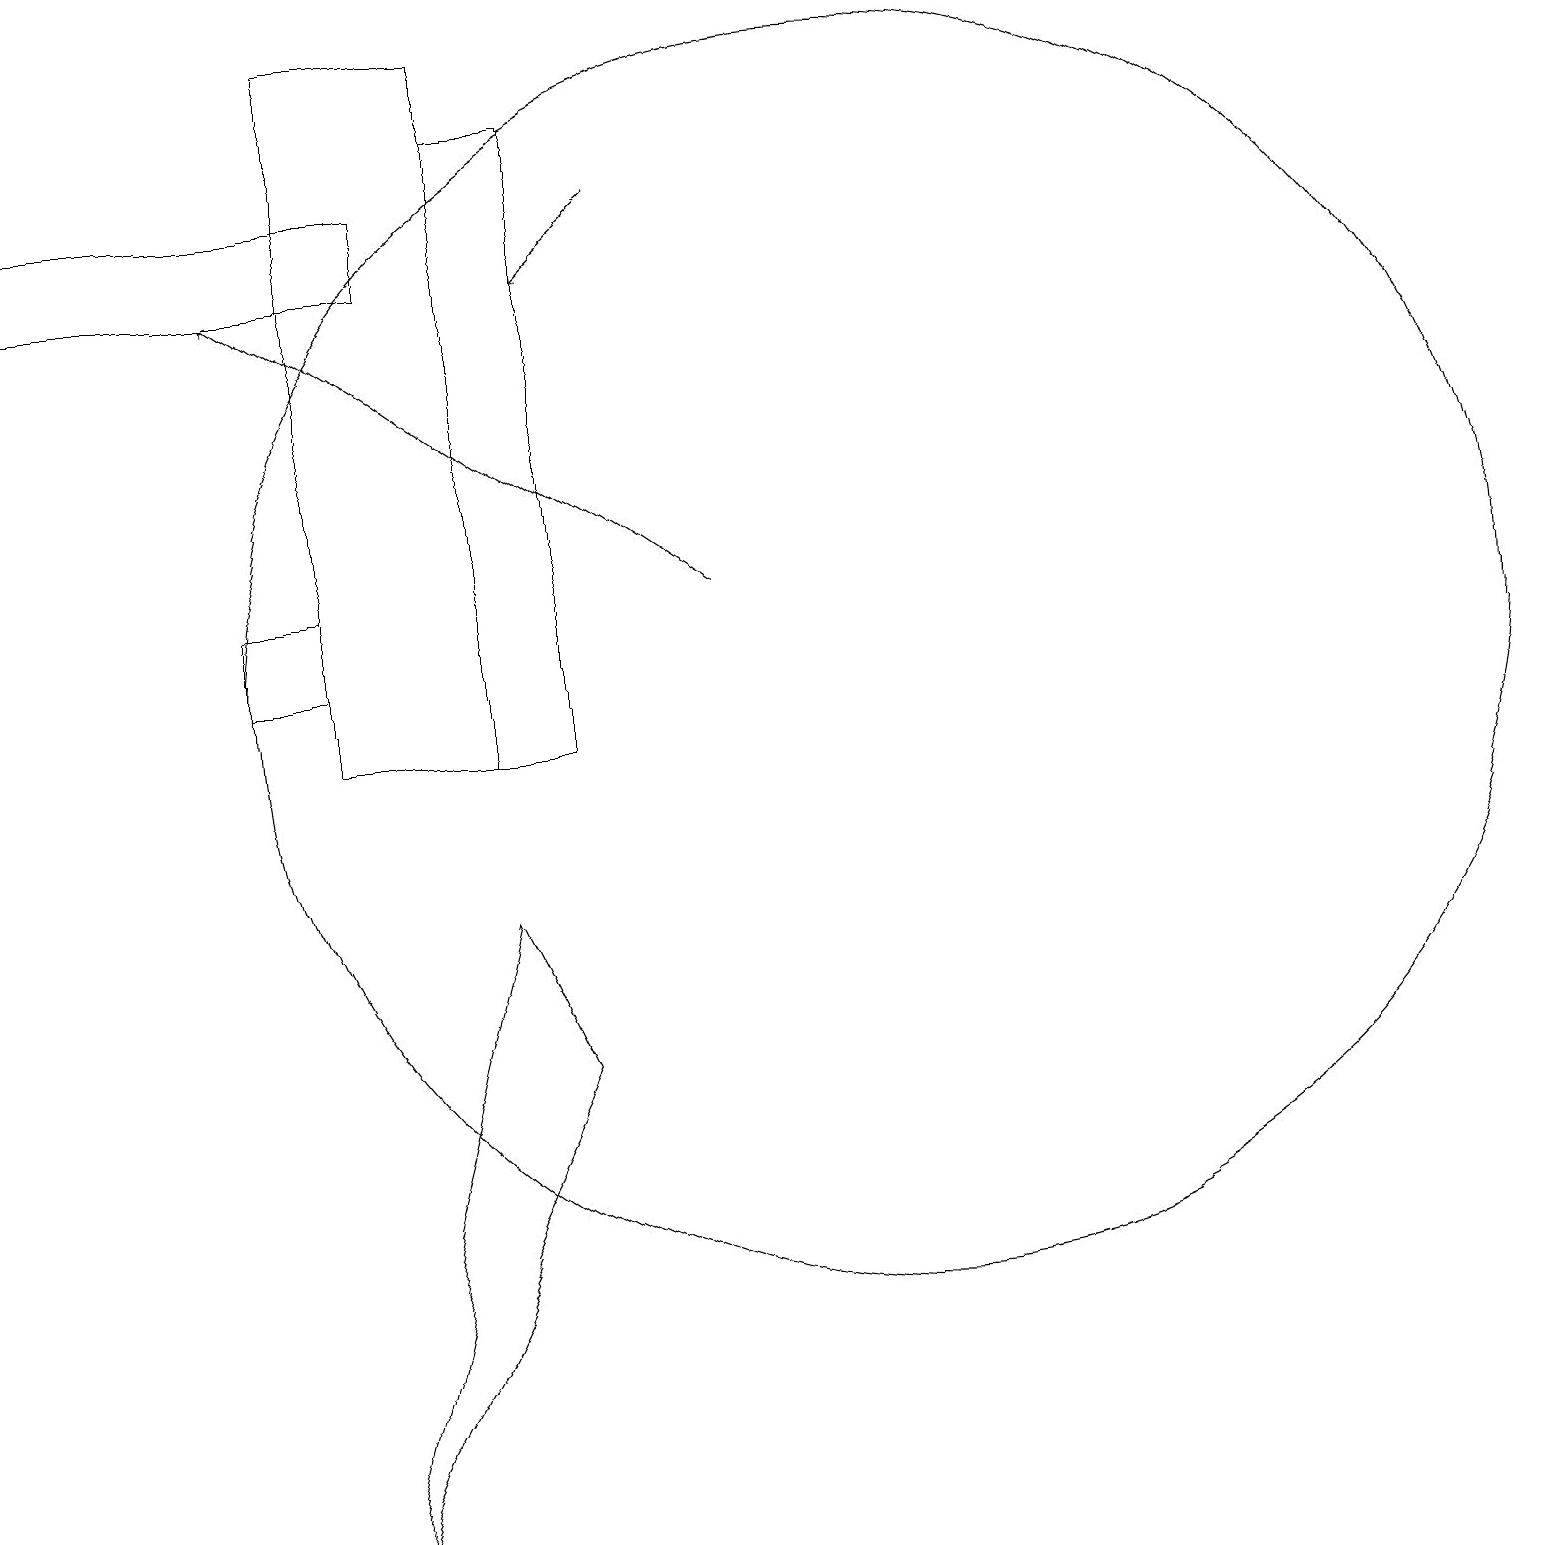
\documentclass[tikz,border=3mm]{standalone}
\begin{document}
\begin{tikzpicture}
\draw (7,18) rectangle (6,10);
\draw[->] (8,17) -- (7,16);
\draw (4,19) rectangle (6,10);
\draw (6,8) -- (4,0) -- (7,6) -- cycle;
\draw (5,17) rectangle (0,16);
\draw (3,12) rectangle (4,11);
\draw (11,11) circle (8);
\draw[->] (9,12) -- (3,16);
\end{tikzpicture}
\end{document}